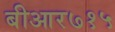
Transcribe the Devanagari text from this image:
बीआर७१५